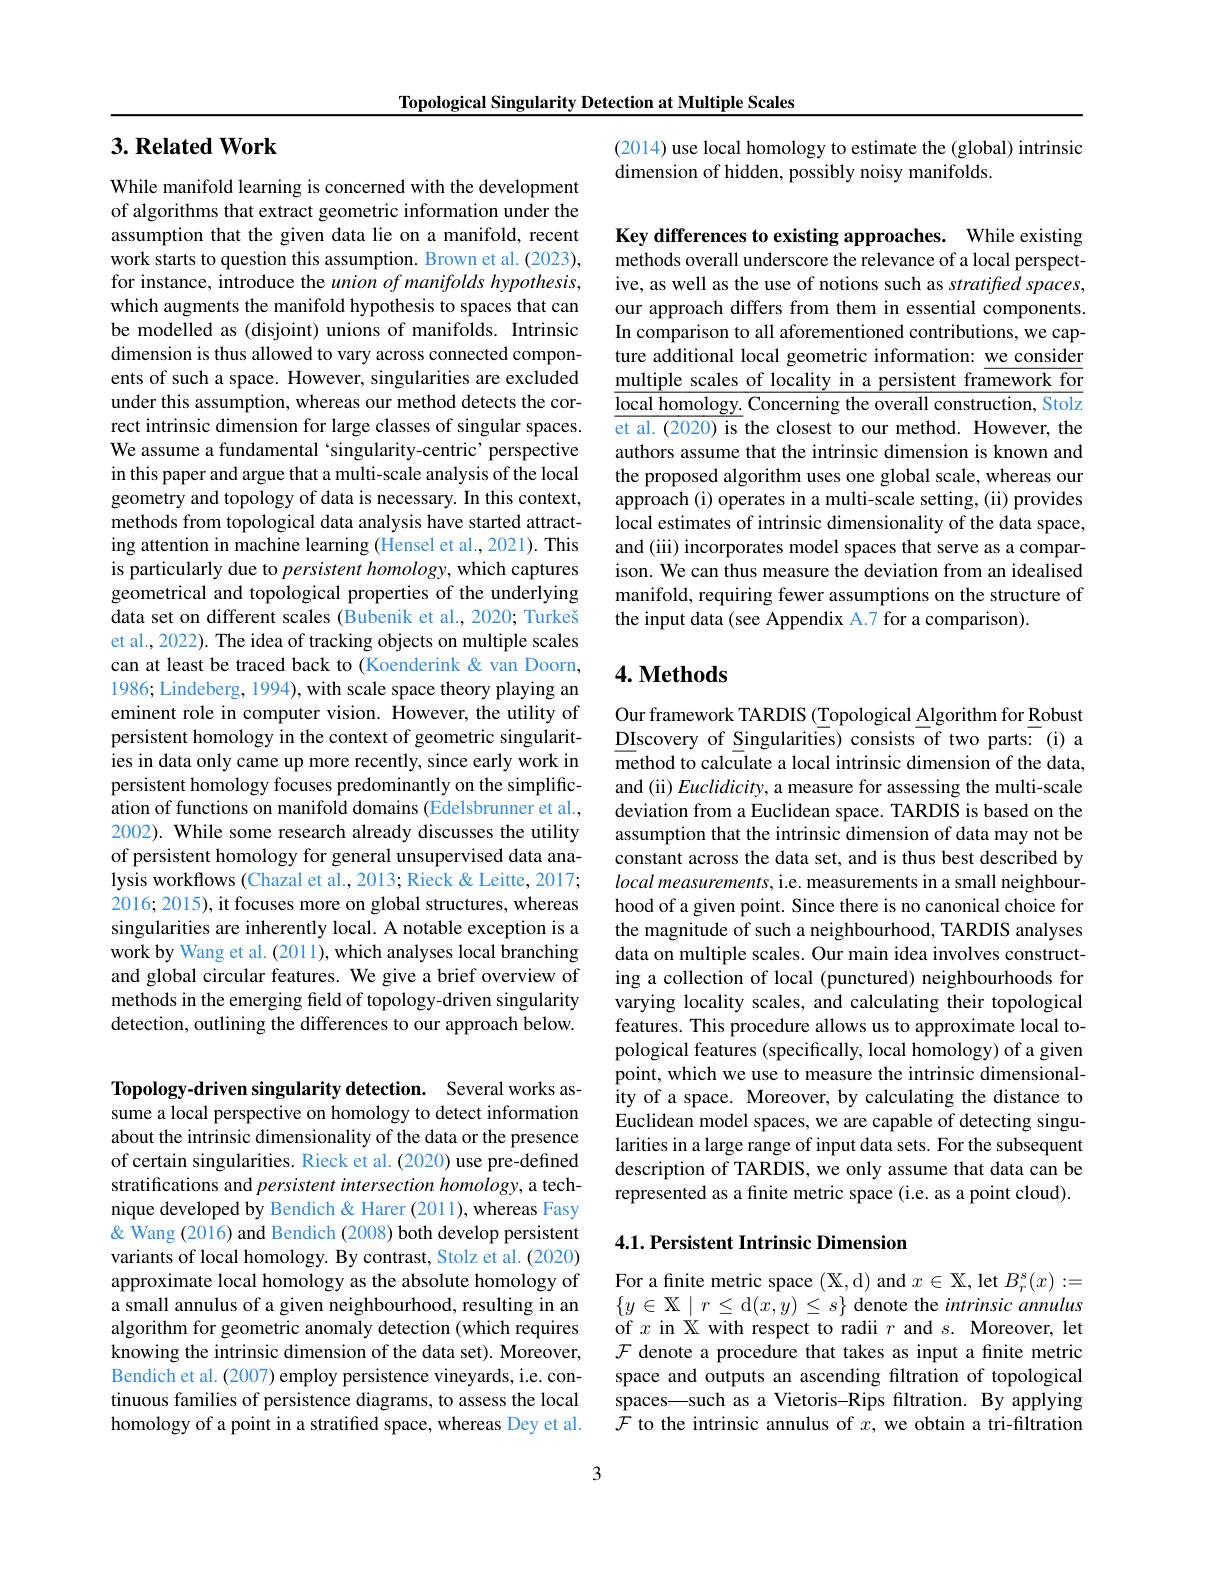
Topological Singularity Detection at Multiple Scales

## $3. \textbf{Related Work}$

While manifold learning is concerned with the development of algorithms that extract geometric information under the assumption that the given data lie on a manifold, recent work starts to question this assumption. Brown et al. (2023), for instance, introduce the union of manifolds hypothesis, which augments the manifold hypothesis to spaces that can be modelled as (disjoint) unions of manifolds. Intrinsic dimension is thus allowed to vary across connected components of such a space. However, singularities are excluded under this assumption, whereas our method detects the correct intrinsic dimension for large classes of singular spaces. We assume a fundamental ‘singularity-centric’ perspective in this paper and argue that a multi-scale analysis of the local geometry and topology of data is necessary. In this context, methods from topological data analysis have started attracting attention in machine learning (Hensel et al., 2021). This is particularly due to persistent homology, which captures geometrical and topological properties of the underlying data set on different scales (Bubenik et al., 2020; Turkeš et al., 2022). The idea of tracking objects on multiple scales can at least be traced back to (Koenderink &van Doorn, 1986; Lindeberg, 1994), with scale space theory playing an eminent role in computer vision. However, the utility of persistent homology in the context of geometric singularities in data only came up more recently, since early work in persistent homology focuses predominantly on the simplification of functions on manifold domains (Edelsbrunner et al., 2002). While some research already discusses the utility of persistent homology for general unsupervised data analysis workflows (Chazal et al., 2013; Rieck & Leitte, 2017; 2016; 2015), it focuses more on global structures, whereas singularities are inherently local. A notable exception is a work by Wang et al. (2011), which analyses local branching and global circular features. We give a brief overview of methods in the emerging field of topology-driven singularity detection, outlining the differences to our approach below.

Topology-driven singularity detection. Several works assume a local perspective on homology to detect information about the intrinsic dimensionality of the data or the presence of certain singularities. Rieck et al. (2020) use pre-defined stratifications and persistent intersection homology, a technique developed by Bendich & Harer (2011), whereas Fasy & Wang (2016) and Bendich (2008) both develop persistent variants of local homology. By contrast, Stolz et al. (2020) approximate local homology as the absolute homology of a small annulus of a given neighbourhood, resulting in an algorithm for geometric anomaly detection (which requires knowing the intrinsic dimension of the data set). Moreover, Bendich et al. (2007) employ persistence vineyards, i.e. continuous families of persistence diagrams, to assess the local homology of a point in a stratified space, whereas Dey et al.

3

(2014) use local homology to estimate the (global) intrinsic
dimension of hidden, possibly noisy manifolds.

Key differences to existing approaches. While existing methods overall underscore the relevance of a local perspective, as well as the use of notions such as stratified spaces, our approach differs from them in essential components. In comparison to all aforementioned contributions, we capture additional local geometric information: we consider multiple scales of locality in a persistent framework for $\underline{\text{local homology. Concerning the overall construction, Stolz}}$ et al. (2020) is the closest to our method. However, the authors assume that the intrinsic dimension is known and the proposed algorithm uses one global scale, whereas our approach (i) operates in a multi-scale setting, (ii) provides local estimates of intrinsic dimensionality of the data space, and (iii) incorporates model spaces that serve as a comparison. We can thus measure the deviation from an idealised manifold, requiring fewer assumptions on the structure of the input data (see Appendix A.7 for a comparison).

### $4. \textbf{ Methods}$

Our framework TARDIS (Topological Algorithm for Robust DIscovery of Singularities) consists of two parts: (i) a $\overline{\text{method to calculate a local intrinsic dimension of the data,}}$ and (ii) Euclidicity, a measure for assessing the multi-scale deviation from a Euclidean space. TARDIS is based on the assumption that the intrinsic dimension of data may not be constant across the data set, and is thus best described by local measurements, i.e. measurements in a small neighbourhood of a given point. Since there is no canonical choice for the magnitude of such a neighbourhood, TARDIS analyses data on multiple scales. Our main idea involves constructing a collection of local (punctured) neighbourhoods for varying locality scales, and calculating their topological features. This procedure allows us to approximate local topological features (specifically, local homology) of a given point, which we use to measure the intrinsic dimensionality of a space. Moreover, by calculating the distance to Euclidean model spaces, we are capable of detecting singularities in a large range of input data sets. For the subsequent description of TARDIS, we only assume that data can be represented as a finite metric space (i.e. as a point cloud).

## 4.1. Persistent Intrinsic Dimension

For a finite metric space $(\mathbb{X}$,d) and $x\in\mathbb{X}$,let $B_r^s(x):=$ $\{y\in\mathbb{X}\mid r\leq$d$(x,y)\leq s\}$ denote the intrinsic amnulus of $x$ in X with respect to radii $r$ and $s.$ Moreover, let $\mathcal{F}$ denote a procedure that takes as input a fnite metric space and outputs an ascending filtration of topological spaces—such as a Vietoris-Rips filtration. By applying $\mathcal{F}$ to the intrinsic annulus of $x$, we obtain a tri-filtration